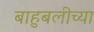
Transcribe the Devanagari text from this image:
बाहुबलीच्या